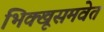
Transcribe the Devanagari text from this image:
भिक्खूसमवेत